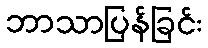
ဘာသာပြန်ခြင်း